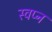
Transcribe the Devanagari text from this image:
स्‍वप्‍न